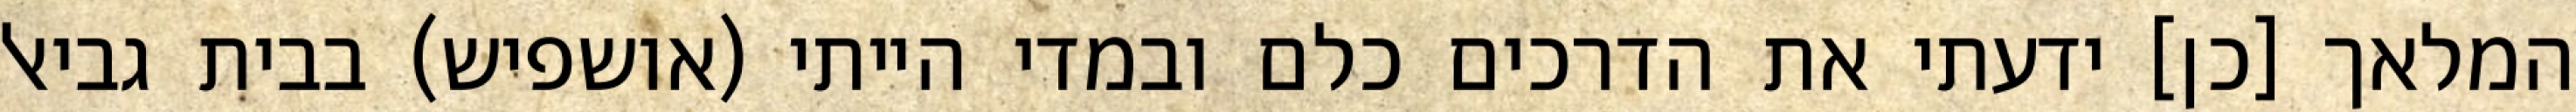
המלאך [כן] ידעתי את הדרכים כלם ובמדי הייתי (אושפיש) בבית גביאל